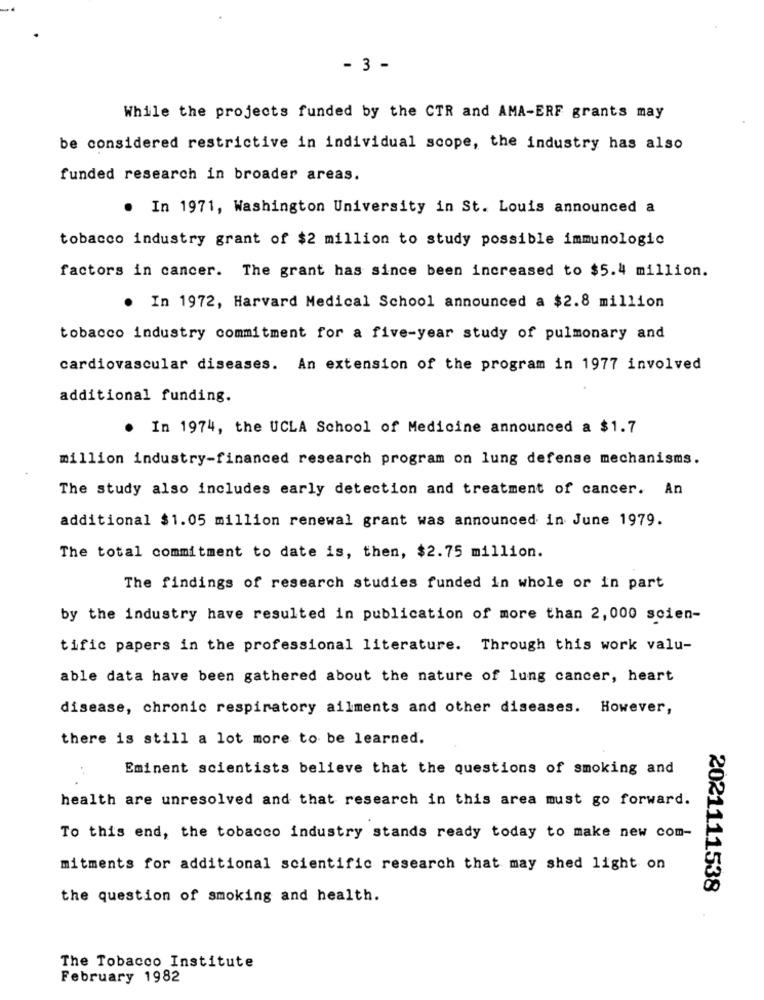
- 3 -
While the projects funded by the CTR and AMA-ERF grants may
be considered restrictive in individual scope, the industry has also
funded research in broader areas.
In 1971, Washington University in St. Louis announced a
tobacco industry grant of $2 million to study possible immunologic
factors in cancer. The grant has since been increased to $5.4 million.
. In 1972, Harvard Medical School announced a $2.8 million
tobacco industry commitment for a five-year study of pulmonary and
cardiovascular diseases. An extension of the program in 1977 involved
additional funding.
.
In 1974, the UCLA School of Medicine announced a $1.7
million industry-financed research program on lung defense mechanisms.
The study also includes early detection and treatment of cancer. An
additional $1.05 million renewal grant was announced in June 1979.
The total commitment to date is, then, $2.75 million.
The findings of research studies funded in whole or in part
by the industry have resulted in publication of more than 2, 000 scien-
tific papers in the professional literature. Through this work valu-
able data have been gathered about the nature of lung cancer, heart
disease, chronic respiratory ailments and other diseases. However,
there is still a lot more to be learned.
Eminent scientists believe that the questions of smoking and
health are unresolved and that research in this area must go forward.
To this end, the tobacco industry stands ready today to make new com-
mitments for additional scientific research that may shed light on
2021111538
the question of smoking and health.
The Tobacco Institute
February 1982